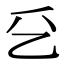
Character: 乥